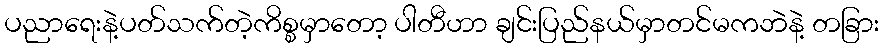
ပညာရေးနဲ့ပတ်သက်တဲ့ကိစ္စမှာတော့ ပါတီဟာ ချင်းပြည်နယ်မှာတင်မကဘဲနဲ့ တခြား